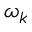
\omega _ { k }